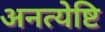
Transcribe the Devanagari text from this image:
अनत्येष्टि